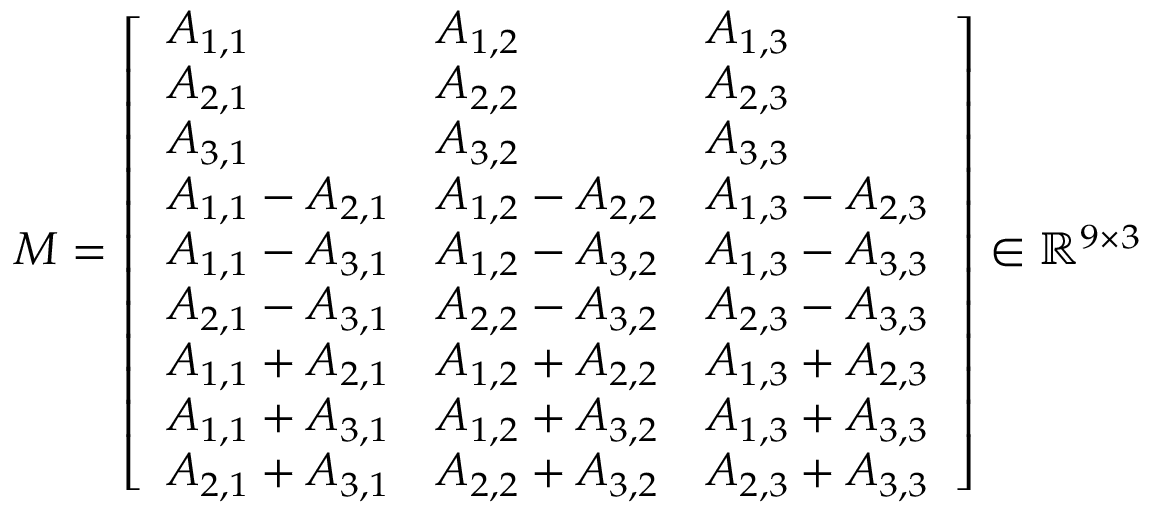
\begin{array} { r } { M = \left[ \begin{array} { l l l } { A _ { 1 , 1 } } & { A _ { 1 , 2 } } & { A _ { 1 , 3 } } \\ { A _ { 2 , 1 } } & { A _ { 2 , 2 } } & { A _ { 2 , 3 } } \\ { A _ { 3 , 1 } } & { A _ { 3 , 2 } } & { A _ { 3 , 3 } } \\ { A _ { 1 , 1 } - A _ { 2 , 1 } } & { A _ { 1 , 2 } - A _ { 2 , 2 } } & { A _ { 1 , 3 } - A _ { 2 , 3 } } \\ { A _ { 1 , 1 } - A _ { 3 , 1 } } & { A _ { 1 , 2 } - A _ { 3 , 2 } } & { A _ { 1 , 3 } - A _ { 3 , 3 } } \\ { A _ { 2 , 1 } - A _ { 3 , 1 } } & { A _ { 2 , 2 } - A _ { 3 , 2 } } & { A _ { 2 , 3 } - A _ { 3 , 3 } } \\ { A _ { 1 , 1 } + A _ { 2 , 1 } } & { A _ { 1 , 2 } + A _ { 2 , 2 } } & { A _ { 1 , 3 } + A _ { 2 , 3 } } \\ { A _ { 1 , 1 } + A _ { 3 , 1 } } & { A _ { 1 , 2 } + A _ { 3 , 2 } } & { A _ { 1 , 3 } + A _ { 3 , 3 } } \\ { A _ { 2 , 1 } + A _ { 3 , 1 } } & { A _ { 2 , 2 } + A _ { 3 , 2 } } & { A _ { 2 , 3 } + A _ { 3 , 3 } } \end{array} \right] \in \mathbb { R } ^ { 9 \times 3 } } \end{array}